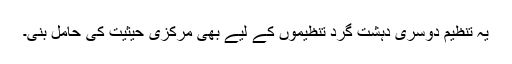
یہ تنظیم دوسری دہشت گرد تنظیموں کے لیے بھی مرکزی حیثیت کی حامل بنی۔